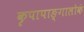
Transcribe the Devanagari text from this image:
कृपापाङ्गालोकं